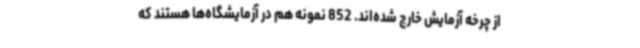
از چرخه آزمایش خارج شده‌اند. 852 نمونه هم در آزمایشگاه‌ها هستند که